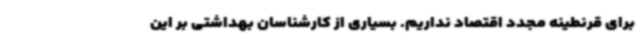
برای قرنطینه مجدد اقتصاد نداریم. بسیاری از کارشناسان بهداشتی بر این